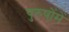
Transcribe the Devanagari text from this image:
पुरुषोंमें